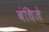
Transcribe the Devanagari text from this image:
बंधिजे